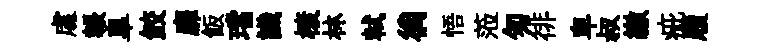
䖏韔臯鲛靡飯璫識榱林軾徜悟蒞匆徘卑叔繳疵履